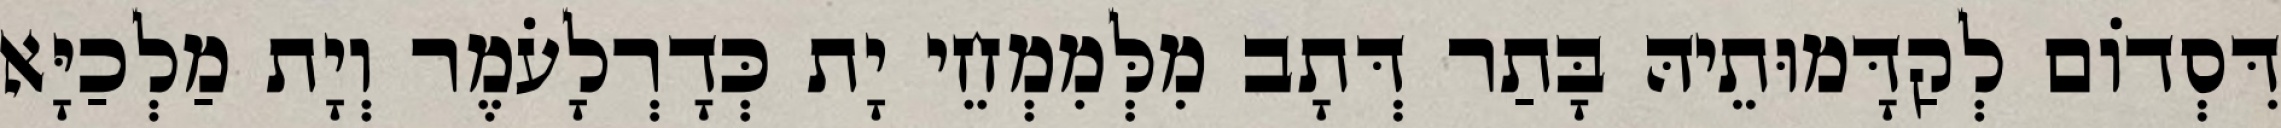
דִּסְדוֹם לְקַדָּמוּתֵיהּ בָּתַר דְּתָב מִלְּמִמְחֵי יָת כְּדָרְלָעֹמֶר וְיָת מַלְכַיָּא